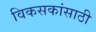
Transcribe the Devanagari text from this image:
विकसकांसाठी